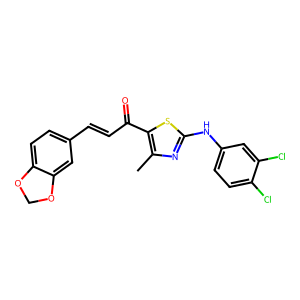
SMILES: Cc1nc(Nc2ccc(Cl)c(Cl)c2)sc1C(=O)C=Cc1ccc2c(c1)OCO2
Inhibits HIV replication: No